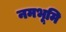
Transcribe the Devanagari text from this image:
नमभूमि